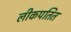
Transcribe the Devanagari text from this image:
लीकपतित